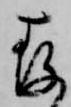
存